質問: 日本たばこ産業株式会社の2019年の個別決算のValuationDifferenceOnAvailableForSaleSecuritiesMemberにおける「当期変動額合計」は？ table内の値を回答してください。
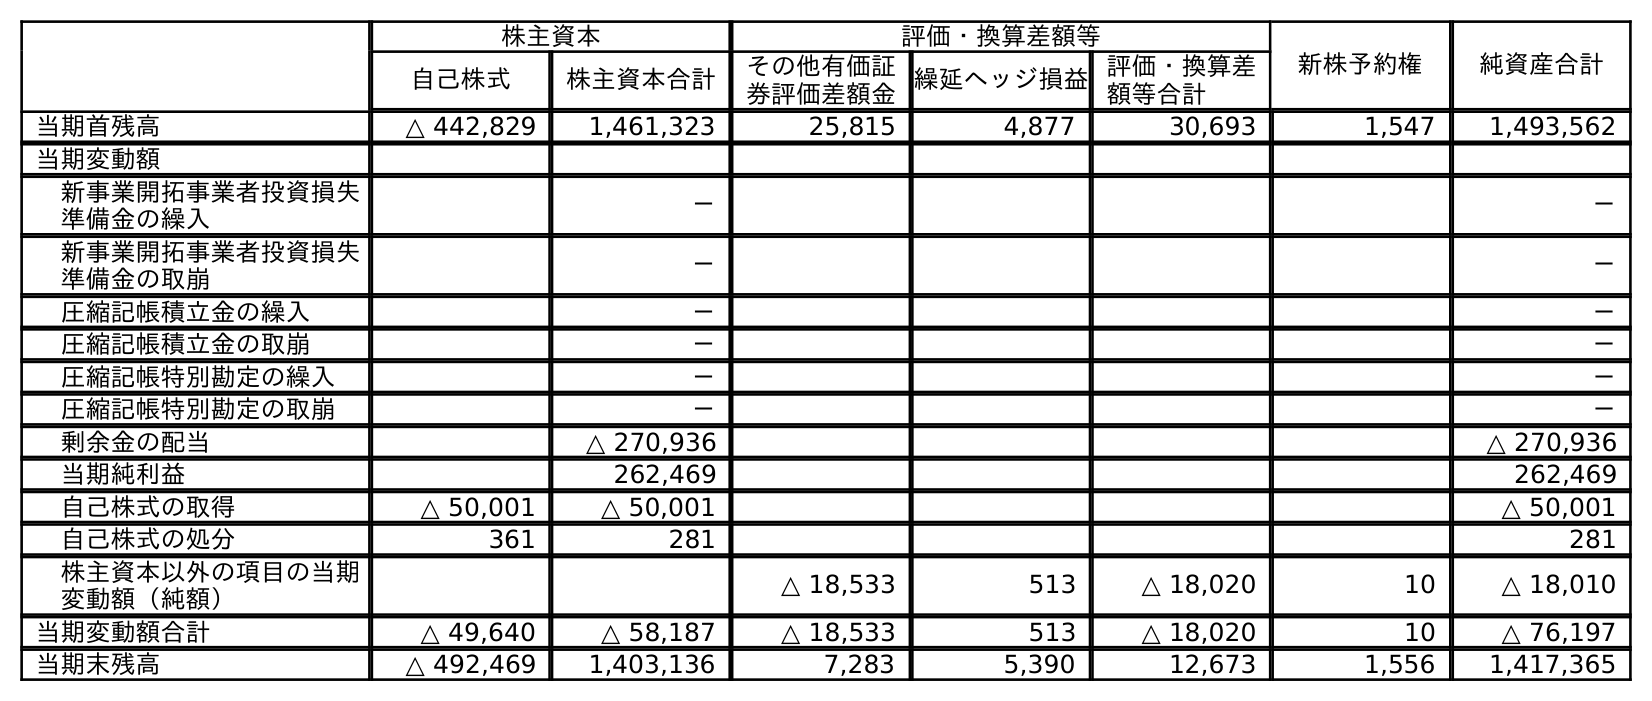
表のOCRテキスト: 株主資本 評価・換算差額等 新株予約権 純資産合計 自己株式 株主資本合計 その他有価証 券評価差額金繰延ヘッジ損益評価・換算差 額等合計 当期首残高 △ 442,829 1,461,323 25,815 4,877 30,693 1,547 1,493,562 当期変動額 新事業開拓事業者投資損失 準備金の繰入 － － 新事業開拓事業者投資損失 準備金の取崩 － － 圧縮記帳積立金の繰入 － － 圧縮記帳積立金の取崩 － － 圧縮記帳特別勘定の繰入 － － 圧縮記帳特別勘定の取崩 － － 剰余金の配当 △ 270,936 △ 270,936 当期純利益 262,469 262,469 自己株式の取得 △ 50,001 △ 50,001 △ 50,001 自己株式の処分 361 281 281 株主資本以外の項目の当期 変動額（純額） △ 18,533 513 △ 18,020 10 △ 18,010 当期変動額合計 △ 49,640 △ 58,187 △ 18,533 513 △ 18,020 10 △ 76,197 当期末残高 △ 492,469 1,403,136 7,283 5,390 12,673 1,556 1,417,365
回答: △18,533